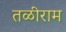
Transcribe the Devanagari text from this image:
तळीराम